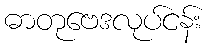
ဓာတုဗေဒလုပ်ငန်း